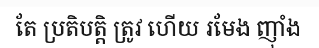
តែ ប្រតិបត្តិ ត្រូវ ហើយ រមែង ញ៉ាំង